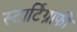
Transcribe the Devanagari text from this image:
स्टार्टिग्राफी